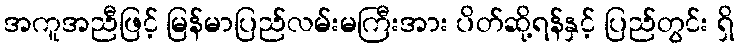
အကူအညီဖြင့် မြန်မာပြည်လမ်းမကြီးအား ပိတ်ဆို့ရန်နှင့် ပြည်တွင်း ရှိ